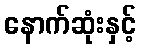
နောက်ဆုံးနှင့်